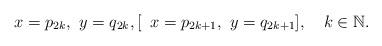
LaTeX: \begin{align*} x=p_{2k}, \,\, y=q_{2k}, [\,\,\, x=p_{2k+1}, \,\, y=q_{2k+1}], \,\,\, \,\,\, k\in \mathbb N.\end{align*}